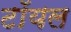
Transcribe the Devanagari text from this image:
टॉयल